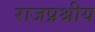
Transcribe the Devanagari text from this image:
राजप्रश्नीय